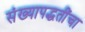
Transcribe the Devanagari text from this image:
संख्यापद्धतींचा